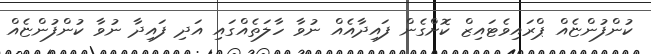
ކުންފުންޏެއް ޕްރައިވެޓައިޒް ކޮށްގެން ފައިދާއެއް ނުވާ ހާލަތެއްގައި އަދި ފައިދާ ނުވާ ކުންފުންޏެއް